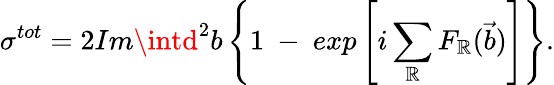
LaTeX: \sigma^{tot}=2Im\intd^{2}b\left\{ 1~-~exp\left[i\sum_{\mathbb{R}}F_{\mathbb{R}}(\vec{{b}})\right]\right\} .